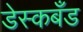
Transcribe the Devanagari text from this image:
डेस्कबँड